Leaving Certificate Examination, 1925
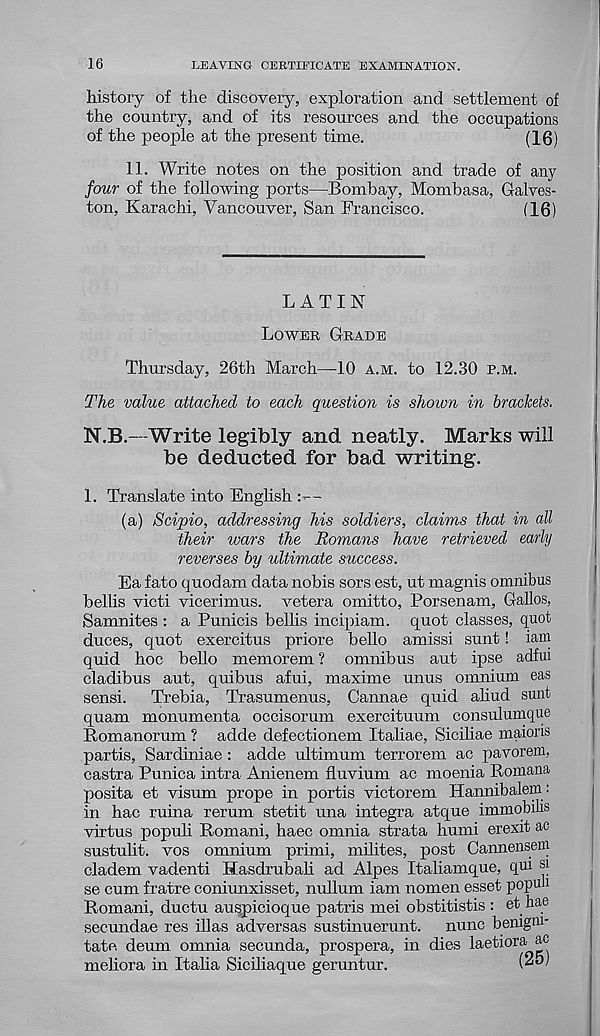
16
LEAVING CERTIFICATE EXAMINATION.
history of the discovery, exploration and settlement of
the country, and of its resources and the occupations
of the people at the present time.
(16)
11. Write notes on the position and trade of any
four of the following ports—Bombay, Mombasa, Galves-
ton, Karachi, Vancouver, San Francisco.
(16)
LATIN
LOWER GRADE
Thursday, 26th March—10 A.M. to 12.30 P.M.
The value attached to each question is shown in brackets.
N.B.—Write legibly and neatly. Marks will
be deducted for bad writing.
1. Translate into English L—
(a) Scipio, addressing his soldiers, claims that in all
their wars the Romans have retrieved early
reverses by ultimate success.
Ea fato quod am data nobis sors est, ut magnis omnibus
bellis victi vicerimus. vetera omitto, Porsenam, Gallos,
Samnites : a Punicis bellis incipiam. quot classes, quot
duces, quot exercitus priore bello amissi sunt! iam
quid hoc hello memorem ? omnibus aut ipse adfui
cladibus aut, quibus afui, maxime unus omnium eas
sensi. Trebia, Trasumenus, Cannae quid aliud sunt
quam monumenta occisorum exercituum consulumque
Romanorum ? adde defectionem Italiae, Siciliae maions
partis, Sardiniae : adde ultimum terrorem ac pavorem,
castra Punica intra Anienem fluvium ac moenia Romana
posita et visum prope in portis victorem Hannibalern:
in hac ruina rerum stetit una integra atque immobilis
virtus populi Romani, haec omnia strata humi erexit ac
sustulit. vos omnium primi, milites, post Cannensem
cladem vadenti Hasdrubali ad Alpes Italiamque, qui si
se cum fratre coniunxisset, nullum iam nomen esset populi
Romani, ductu auspicioque patris mei obstitistis : et hae
secundae res illas adversas sustmuerunt. nunc benigni'
tate. deum omnia secunda, prospera, in dies laetiora ac
meliora in Italia Siciliaque geruntur.
I"' 3 '